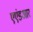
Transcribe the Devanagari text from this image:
एएंडआर